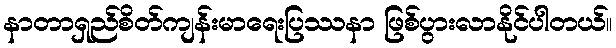
နာတာရှည်စိတ်ကျန်းမာရေးပြဿနာ ဖြစ်ပွားလာနိုင်ပါတယ်။